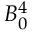
B _ { 0 } ^ { 4 }